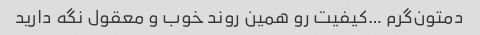
دمتون‌گرم …کیفیت رو همین روند خوب و معقول نگه دارید